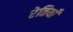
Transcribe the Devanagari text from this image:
रेतियाँ